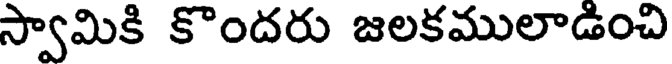
స్వామికి కొందరు జలకములాడించి